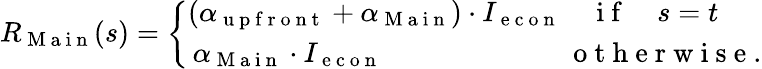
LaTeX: R_{\mathrm{~M~a~i~n~}}(s)=\left\{ \begin{array}{ll}{(\alpha_{\mathrm{~u~p~f~r~o~n~t~}}+\alpha_{\mathrm{~M~a~i~n~}})\cdot I_{\mathrm{~e~c~o~n~}}\quad\mathrm{~i~f~}\quad s=t}\\ {\, \alpha_{\mathrm{~M~a~i~n~}}\cdot I_{\mathrm{~e~c~o~n~}}\quad\quad\quad\quad\quad\quad\, \, \, \mathrm{~o~t~h~e~r~w~i~s~e~}.}\end{array}\right.